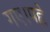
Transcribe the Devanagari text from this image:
गए।पह्ले